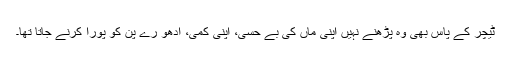
ٹیچر کے پاس بھی وہ پڑھنے نہیں اپنی ماں کی بے حسی، اپنی کمی، ادھو رے پن کو پورا کرنے جاتا تھا۔